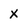
Character: X